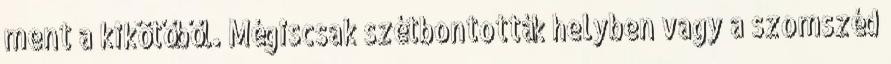
ment a kikötőből. Mégiscsak szétbontották helyben vagy a szomszéd